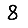
Digit: 8